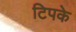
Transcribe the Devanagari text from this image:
टिपके